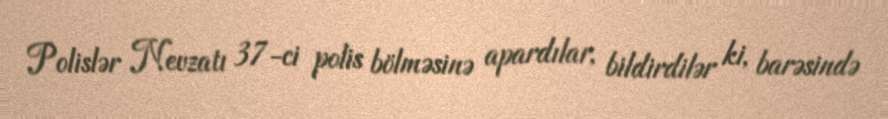
Polislər Nevzatı 37-ci polis bölməsinə apardılar, bildirdilər ki, barəsində